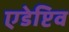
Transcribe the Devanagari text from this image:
एडेप्टिव